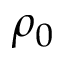
\rho _ { 0 }